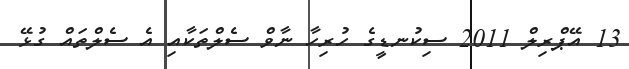
13 އޭޕްރިލް 2011 ސިކުނޑީގެ ހުރިހާ ނާވް ސެލްތަކާއި އެ ސެލްތައް ގުޅޭ